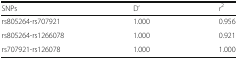
<table><thead><tr><td><b>SNPs</b></td><td><b>D’</b></td><td><b><i>r</i><sup>2</sup></b></td></tr></thead><tbody><tr><td>rs805264-rs707921</td><td>1.000</td><td>0.956</td></tr><tr><td>rs805264-rs1266078</td><td>1.000</td><td>0.921</td></tr><tr><td>rs707921-rs126078</td><td>1.000</td><td>1.000</td></tr></tbody></table>